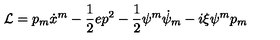
{ \cal { L } } = p _ { m } \dot { x } ^ { m } - \frac 1 2 e p ^ { 2 } - \frac 1 2 \psi ^ { m } \dot { \psi } _ { m } - i \xi { \psi ^ { m } } p _ { m }